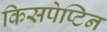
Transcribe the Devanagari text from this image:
किसपेप्टिन